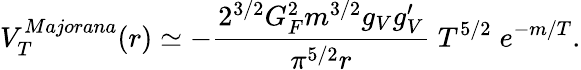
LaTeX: V_{T}^{Majorana}(r)\simeq-{\frac{2^{3/2}G_{F}^{2}m^{3/2}g_{V}g_{V}^{\prime}}{\pi^{5/2}r}}\; T^{5/2}\; e^{-m/T}.